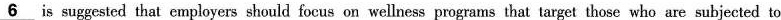
\underline{6}is suggested that employers should focus on wellness programs that target those who are subjected to